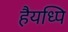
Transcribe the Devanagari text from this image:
हैयध्पि